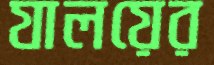
যালয়ের